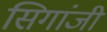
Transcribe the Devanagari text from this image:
सिगांजी